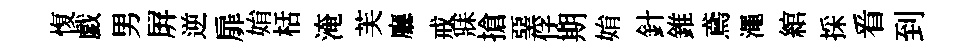
愎戯男屛逆扉姢栝淹芙廳戒寐搶堊俘期姢針錐鳶澠綰採㸔到